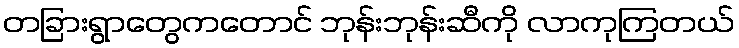
တခြားရွာတွေကတောင် ဘုန်းဘုန်းဆီကို လာကုကြတယ်